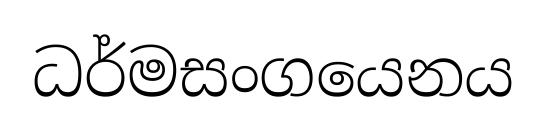
ධර්මසංගයෙනය